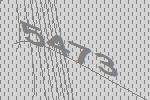
5473